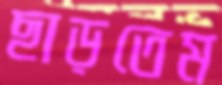
ছাড়তেম